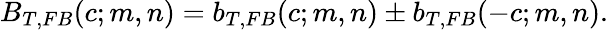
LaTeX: B_{T,FB}(c;m,n)=b_{T,FB}(c;m,n)\pm b_{T,FB}(-c;m,n).